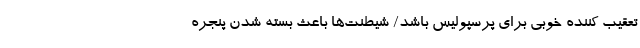
تعقیب کننده خوبی برای پرسپولیس باشد/ شیطنت‌ها باعث بسته شدن پنجره